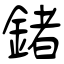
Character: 鍺